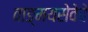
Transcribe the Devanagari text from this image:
वाङ्मयसेवेचे